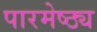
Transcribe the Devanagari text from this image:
पारमेष्ठ्य